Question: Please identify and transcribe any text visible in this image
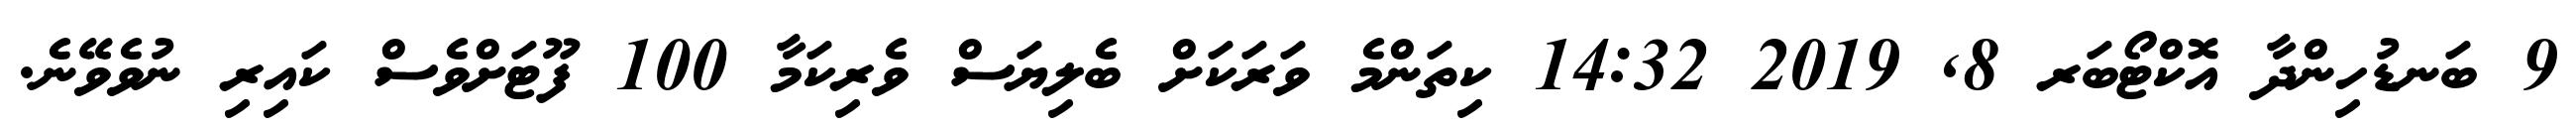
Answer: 9 ބަނޑުހިންދާ އޮކްޓޯބަރ 8, 2019 14:32 ކިތަންމެ ވަރަކަށް ބެލިޔަސް ވެރިކަމާ 100 ފޫޓަށްވެސް ކައިރި ނުވެވޭނެ.